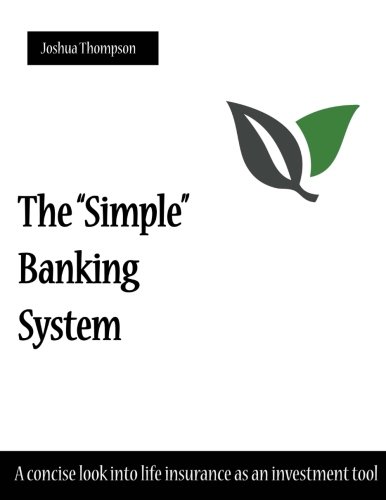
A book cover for The "Simple" Banking System: A concise look into life insurance as an investment tool; Joshua Thompson; Business & Money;